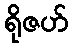
ရိုဇဟ်